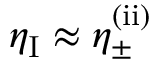
\eta _ { \mathrm { I } } \approx \eta _ { \pm } ^ { \mathrm { ( i i ) } }